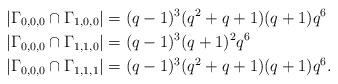
LaTeX: \begin{align*}&|\Gamma_{0,0,0}\cap\Gamma_{1,0,0}|=(q-1)^3(q^2+q+1)(q+1)q^6\\&|\Gamma_{0,0,0}\cap\Gamma_{1,1,0}|=(q-1)^3(q+1)^2q^6\\&|\Gamma_{0,0,0}\cap\Gamma_{1,1,1}|=(q-1)^3(q^2+q+1)(q+1)q^6.\end{align*}